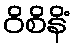
ဝိစိနိံ